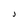
Character: J